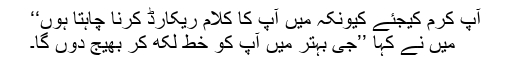
آپ کرم کیجئے کیونکہ میں آپ کا کلام ریکارڈ کرنا چاہتا ہوں‘‘
میں نے کہا ’’جی بہتر میں آپ کو خط لکھ کر بھیج دوں گا۔